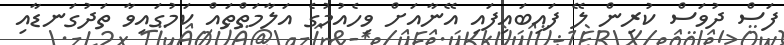
ފަސް ދުވަސް ކުރިން ލޭ ފައިބައިފައި އޭނާއަށް ވިހެއުމުގެ އަލާމަތްތައް ކަމުގައިވާ ތަދުގަނޑާއި